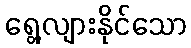
ရွေ့လျားနိုင်သော